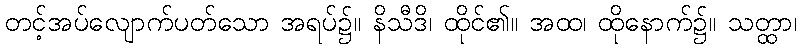
တင့်အပ်လျောက်ပတ်သော အရပ်၌။ နိသီဒိ၊ ထိုင်၏။ အထ၊ ထိုနောက်၌။ သတ္ထာ၊